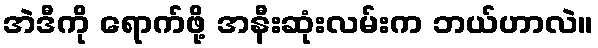
အဲဒီကို ရောက်ဖို့ အနီးဆုံးလမ်းက ဘယ်ဟာလဲ။